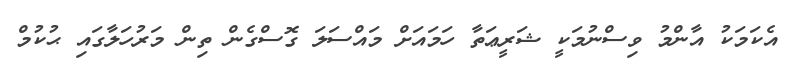
އެކަމަކު އާންމު ވިސްނުމަކީ ޝަރީޢަތާ ހަމައަށް މައްސަލަ ގޮސްގެން ތިން މަރުހަލާގައި ޙުކުމް